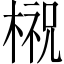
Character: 𣘌